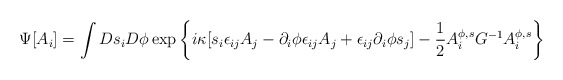
\begin{align*}\Psi[A_i]=\int Ds_iD\phi\exp\left\{i\kappa[s_i\epsilon_{ij}A_j-\partial_i\phi\epsilon_{ij}A_j+\epsilon_{ij}\partial_i\phi s_j]-\frac{1}{2} A_i^{\phi,s}G^{-1}A_i^{\phi,s}\right\}\end{align*}